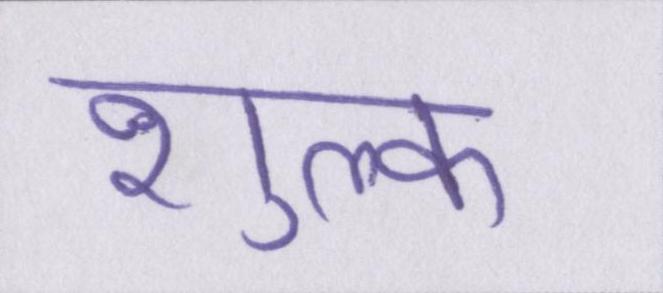
शुल्क